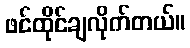
ဖင်ထိုင်ချလိုက်တယ်။